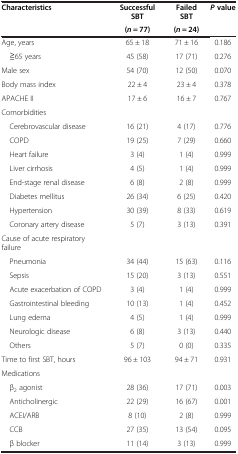
<table><thead><tr><td rowspan="2"><b>Characteristics</b></td><td><b>Successful SBT</b></td><td><b>Failed SBT</b></td><td rowspan="2"><b><i>P </i>value</b></td></tr><tr><td><b>(<i>n</i>= 77)</b></td><td><b>(<i>n</i>= 24)</b></td></tr></thead><tbody><tr><td>Age, years</td><td>65 ± 18</td><td>71 ± 16</td><td>0.186</td></tr><tr><td> ≧65 years</td><td>45 (58)</td><td>17 (71)</td><td>0.276</td></tr><tr><td>Male sex</td><td>54 (70)</td><td>12 (50)</td><td>0.070</td></tr><tr><td>Body mass index</td><td>22 ± 4</td><td>23 ± 4</td><td>0.378</td></tr><tr><td>APACHE II</td><td>17 ± 6</td><td>16 ± 7</td><td>0.767</td></tr><tr><td>Comorbidities</td><td> </td><td> </td><td> </td></tr><tr><td> Cerebrovascular disease</td><td>16 (21)</td><td>4 (17)</td><td>0.776</td></tr><tr><td> COPD</td><td>19 (25)</td><td>7 (29)</td><td>0.660</td></tr><tr><td> Heart failure</td><td>3 (4)</td><td>1 (4)</td><td>0.999</td></tr><tr><td> Liver cirrhosis</td><td>4 (5)</td><td>1 (4)</td><td>0.999</td></tr><tr><td> End-stage renal disease</td><td>6 (8)</td><td>2 (8)</td><td>0.999</td></tr><tr><td> Diabetes mellitus</td><td>26 (34)</td><td>6 (25)</td><td>0.420</td></tr><tr><td> Hypertension</td><td>30 (39)</td><td>8 (33)</td><td>0.619</td></tr><tr><td> Coronary artery disease</td><td>5 (7)</td><td>3 (13)</td><td>0.391</td></tr><tr><td>Cause of acute respiratory failure</td><td> </td><td> </td><td> </td></tr><tr><td> Pneumonia</td><td>34 (44)</td><td>15 (63)</td><td>0.116</td></tr><tr><td> Sepsis</td><td>15 (20)</td><td>3 (13)</td><td>0.551</td></tr><tr><td> Acute exacerbation of COPD</td><td>3 (4)</td><td>1 (4)</td><td>0.999</td></tr><tr><td> Gastrointestinal bleeding</td><td>10 (13)</td><td>1 (4)</td><td>0.452</td></tr><tr><td> Lung edema</td><td>4 (5)</td><td>1 (4)</td><td>0.999</td></tr><tr><td> Neurologic disease</td><td>6 (8)</td><td>3 (13)</td><td>0.440</td></tr><tr><td> Others</td><td>5 (7)</td><td>0 (0)</td><td>0.335</td></tr><tr><td>Time to first SBT, hours</td><td>96 ± 103</td><td>94 ± 71</td><td>0.931</td></tr><tr><td>Medications</td><td> </td><td> </td><td> </td></tr><tr><td> β<sub>2</sub> agonist</td><td>28 (36)</td><td>17 (71)</td><td>0.003</td></tr><tr><td> Anticholinergic</td><td>22 (29)</td><td>16 (67)</td><td>0.001</td></tr><tr><td> ACEI/ARB</td><td>8 (10)</td><td>2 (8)</td><td>0.999</td></tr><tr><td> CCB</td><td>27 (35)</td><td>13 (54)</td><td>0.095</td></tr><tr><td> β blocker</td><td>11 (14)</td><td>3 (13)</td><td>0.999</td></tr></tbody></table>